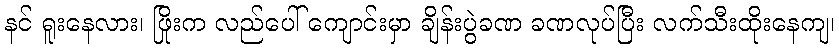
နင် ရူးနေလား၊ ဖြိုးက လည်ပေါ် ကျောင်းမှာ ချိန်းပွဲခဏ ခဏလုပ်ပြီး လက်သီးထိုးနေကျ၊